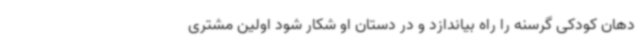
دهان کودکی گرسنه را راه بیاندازد و در دستان او شکار شود اولین مشتری